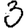
Digit: 3